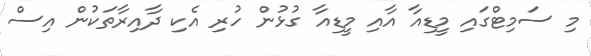
މި ސަމިޓްގައި މީޑިއާ އާއި މީޑިއާ ގުޅުން ހުރި އެކި ދާއިރާތަކުން އިސް